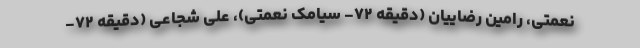
نعمتی، رامین رضاییان (دقیقه ۷۲- سیامک نعمتی)، علی شجاعی (دقیقه ۷۲-